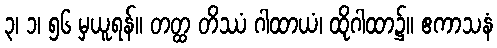
၃၊ ၁၊ ၅၆ မှယူရန်။ တတ္ထ တိဿံ ဂါထာယံ၊ ထိုဂါထာ၌။ ဧကာသနံ